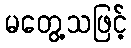
မတွေ့သဖြင့်